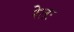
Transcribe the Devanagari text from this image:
रेतः